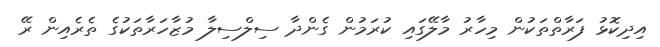
އިދިކޮޅު ފަރާތްތަކުން މިހާރު މާލޭގައި ކުރަމުން ގެންދާ ސިލްސިލާ މުޒާހަރާތަކުގެ ތެރެއިން ރޭ